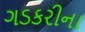
ગડકરીના